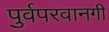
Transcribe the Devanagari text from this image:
पुर्वपरवानगी